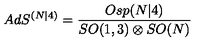
A d S ^ { ( N | 4 ) } = \frac { O s p ( N \vert 4 ) } { S O ( 1 , 3 ) \otimes S O ( N ) }